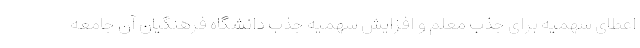
اعطای سهمیه برای جذب معلم و افزایش سهمیه جذب دانشگاه فرهنگیان آن جامعه